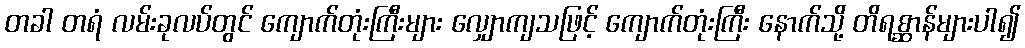
တခါ တရံ လမ်းခုလပ်တွင် ကျောက်တုံးကြီးများ လျှောကျသဖြင့် ကျောက်တုံးကြီး နောက်သို့ တိရစ္ဆာန်များပါ၍